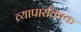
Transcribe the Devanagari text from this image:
व्यापारविषक